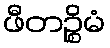
ဖီတဉ္စိမံ